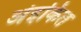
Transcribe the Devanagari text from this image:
अंइकित